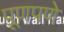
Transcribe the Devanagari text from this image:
पूणपणे